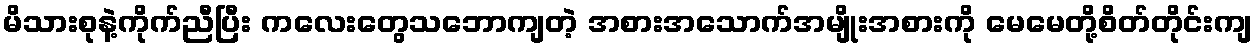
မိသားစုနဲ့ကိုက်ညီပြီး ကလေးတွေသဘောကျတဲ့ အစားအသောက်အမျိုးအစားကို မေမေတို့စိတ်တိုင်းကျ